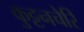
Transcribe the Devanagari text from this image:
कुट्टनचेरि